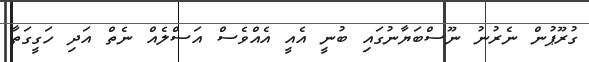
ގުރޫޕުން ނެރުނު ނޫސްބަޔާނުގައި ބުނީ އެއީ އެއްވެސް އަސްލެއް ނެތް އަދި ހަގީގަތާ